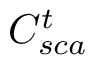
C _ { s c a } ^ { t }